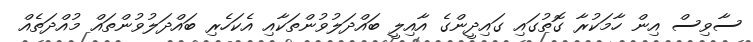
ސާވިސް އިން ހާމަކުރާ ގޮތުގައި ގައިދީންގެ އާއިލީ ބައްދަލުވުންތަކާއި އެކަހެރި ބައްދަލުވުންތައް މުއްދަތެއް